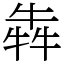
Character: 犇